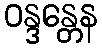
ဝန္ဒန္တေန